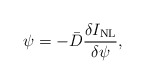
\begin{align*}\psi=-\bar{D}\frac{\delta I_{\mathrm{NL}}}{\delta \psi},\end{align*}